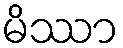
မိဿာ